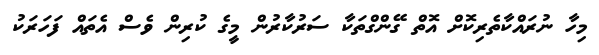
މިހާ ނުރައްކާތެރިކޮށް އޮތް ގޭންގްތަކާ ސަރުކާރުން މީގެ ކުރިން ވެސް އެތައް ފަހަރަކު